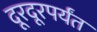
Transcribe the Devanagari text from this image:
दूरदूरपर्यंत